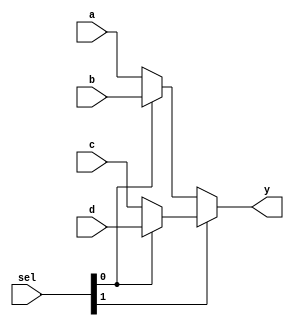
`timescale 1ns / 1ps
//////////////////////////////////////////////////////////////////////////////////
// Company: 
// Engineer: 
// 
// Design Name: 
// Module Name: mux4
// Project Name: 
// Target Devices: 
// Tool Versions: 
// Description: 
// 
// Dependencies: 
// 
// Revision:
// Revision 0.01 - File Created
// Additional Comments:
// 
//////////////////////////////////////////////////////////////////////////////////


module mux4 #(parameter mux_width= 32)
(   input [mux_width-1:0] a,b,c,d,
    input [1:0] sel,
    output [mux_width-1:0] y
    );
    // if 1X, then check LSB -> d if 1, c if 0
    // else, check if LSB -> b if 1, a if 0
    assign y = sel[1] ? (sel[0] ? d : c) : (sel[0] ? b : a);
endmodule